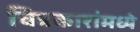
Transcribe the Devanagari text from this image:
चित्रकारांमध्ये